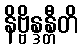
နိဗ္ဗိန္ဒန္တီတိ